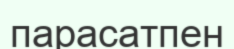
парасатпен